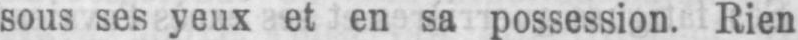
sous ses yeux et en sa possession. Rien